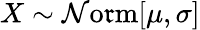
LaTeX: X\sim\operatorname{\mathcal{N}o\mathfrak{r}m}[\mu,\sigma]